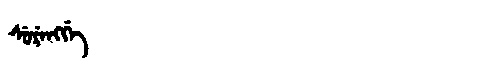
Manchu: ᠰᡠᡵᡝᠩᡤᡝ
Romanization: SURENGGE